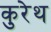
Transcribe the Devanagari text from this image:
कुरेथ